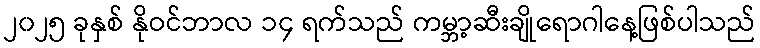
၂၀၂၅ ခုနှစ် နိုဝင်ဘာလ ၁၄ ရက်သည် ကမ္ဘာ့ဆီးချိုရောဂါနေ့ဖြစ်ပါသည်